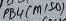
Text: PB4